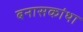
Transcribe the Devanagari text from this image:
बनासकांथा